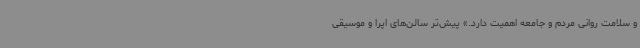
و سلامت روانی مردم و جامعه اهمیت دارد.»‌ پیش‌تر سالن‌های اپرا و موسیقی